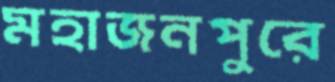
মহাজনপুরে